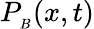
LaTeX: P_{_B}(x,t)